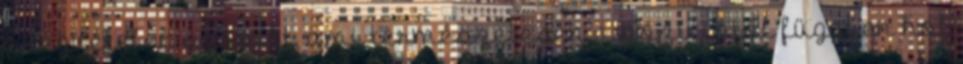
a légvételek számát, ami természetesen a pozíciótól függően hol